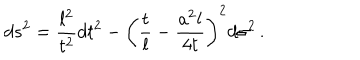
d s ^ { 2 } = \frac { l ^ { 2 } } { t ^ { 2 } } d t ^ { 2 } - \left( \frac t l - \frac { a ^ { 2 } l } { 4 t } \right) ^ { 2 } d \sigma ^ { 2 } \, .